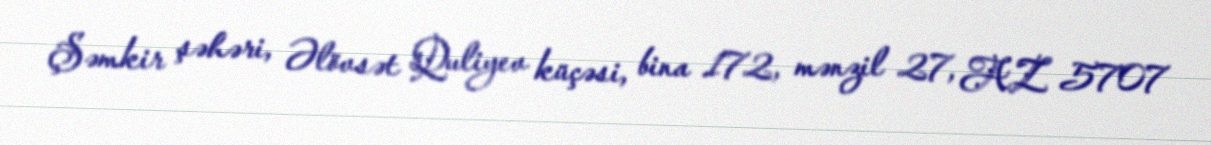
Şəmkir şəhəri, Əlövsət Quliyev küçəsi, bina 172, mənzil 27, AZ 5707